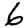
Digit: 6